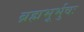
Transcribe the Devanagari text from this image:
ब्रह्मभूर्भुवः